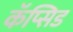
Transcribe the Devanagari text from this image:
कॅप्सिड